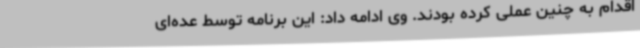
اقدام به چنین عملی کرده بودند. وی ادامه داد: این برنامه توسط عده‌ای